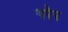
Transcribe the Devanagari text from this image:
गरेर